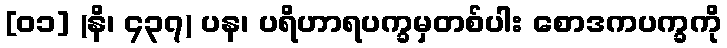
[၀၁] (နိ၊ ၄၃၇) ပန၊ ပရိဟာရပက္ခမှတစ်ပါး စောဒကပက္ခကို